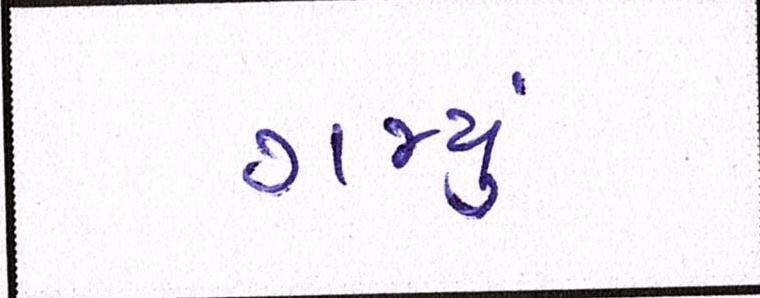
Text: ગમ્યું